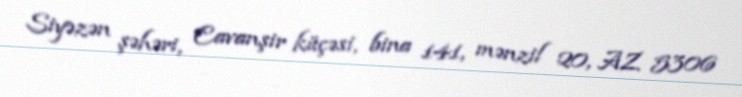
Siyəzən şəhəri, Cavanşir küçəsi, bina 141, mənzil 20, AZ 5306